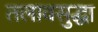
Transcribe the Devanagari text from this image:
तलावसुद्धा